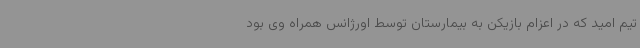
تیم امید که در اعزام بازیکن به بیمارستان توسط اورژانس همراه وی بود